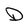
Character: D